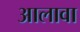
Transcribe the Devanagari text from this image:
अालावा